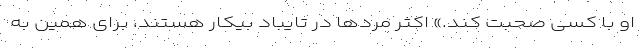
او با کسی صحبت کند.» اکثر مردها در تایباد بیکار هستند، برای همین به